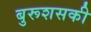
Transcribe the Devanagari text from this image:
बुरूशसकी